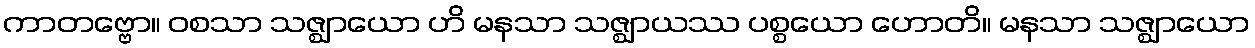
ကာတဗ္ဗော။ ဝစသာ သဇ္ဈာယော ဟိ မနသာ သဇ္ဈာယဿ ပစ္စယော ဟောတိ။ မနသာ သဇ္ဈာယော